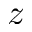
z